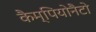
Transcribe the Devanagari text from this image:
कैम्पियोनैटो